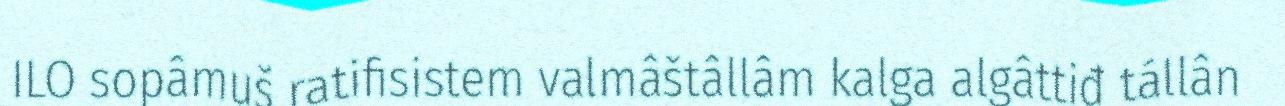
ILO sopâmuš ratifisistem valmâštâllâm kalga algâttiđ tállân